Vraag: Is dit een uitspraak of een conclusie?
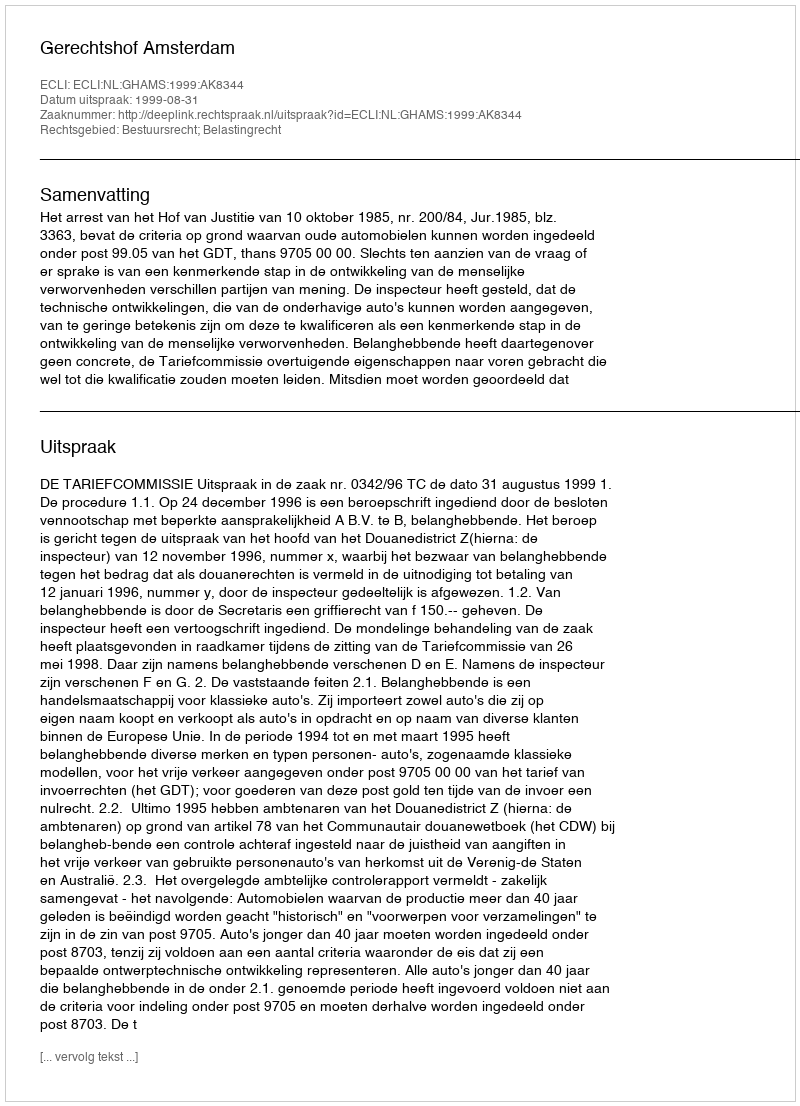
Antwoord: Uitspraak